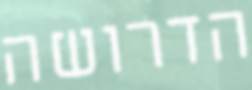
הדרושה